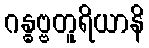
ဂန္ဓဗ္ဗတူရိယာနိ